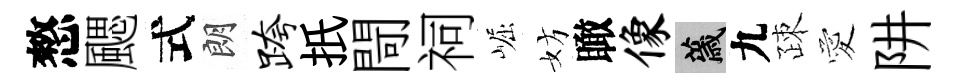
憗颸式朗跨扺閜祠崛妨瞰像薉九疎愛阱